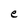
Character: e